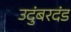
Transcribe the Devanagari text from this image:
उदुंबरदंड